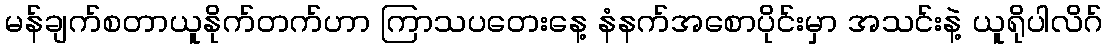
မန်ချက်စတာယူနိုက်တက်ဟာ ကြာသပတေးနေ့ နံနက်အစောပိုင်းမှာ အသင်းနဲ့ ယူရိုပါလိဂ်